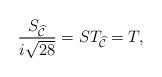
LaTeX: \begin{align*} \frac{S_{\widehat{\mathcal{C}}}}{i\sqrt{28}} = S T_{\widehat{\mathcal{C}}} = T,\end{align*}